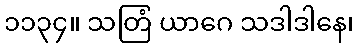
၁၁၃၄။ သတြံ ယာဂေ သဒါဒါနေ၊